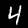
Label: 4